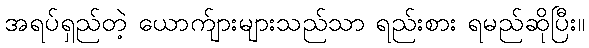
အရပ်ရှည်တဲ့ ယောက်ျားများသည်သာ ရည်းစား ရမည်ဆိုပြီး။